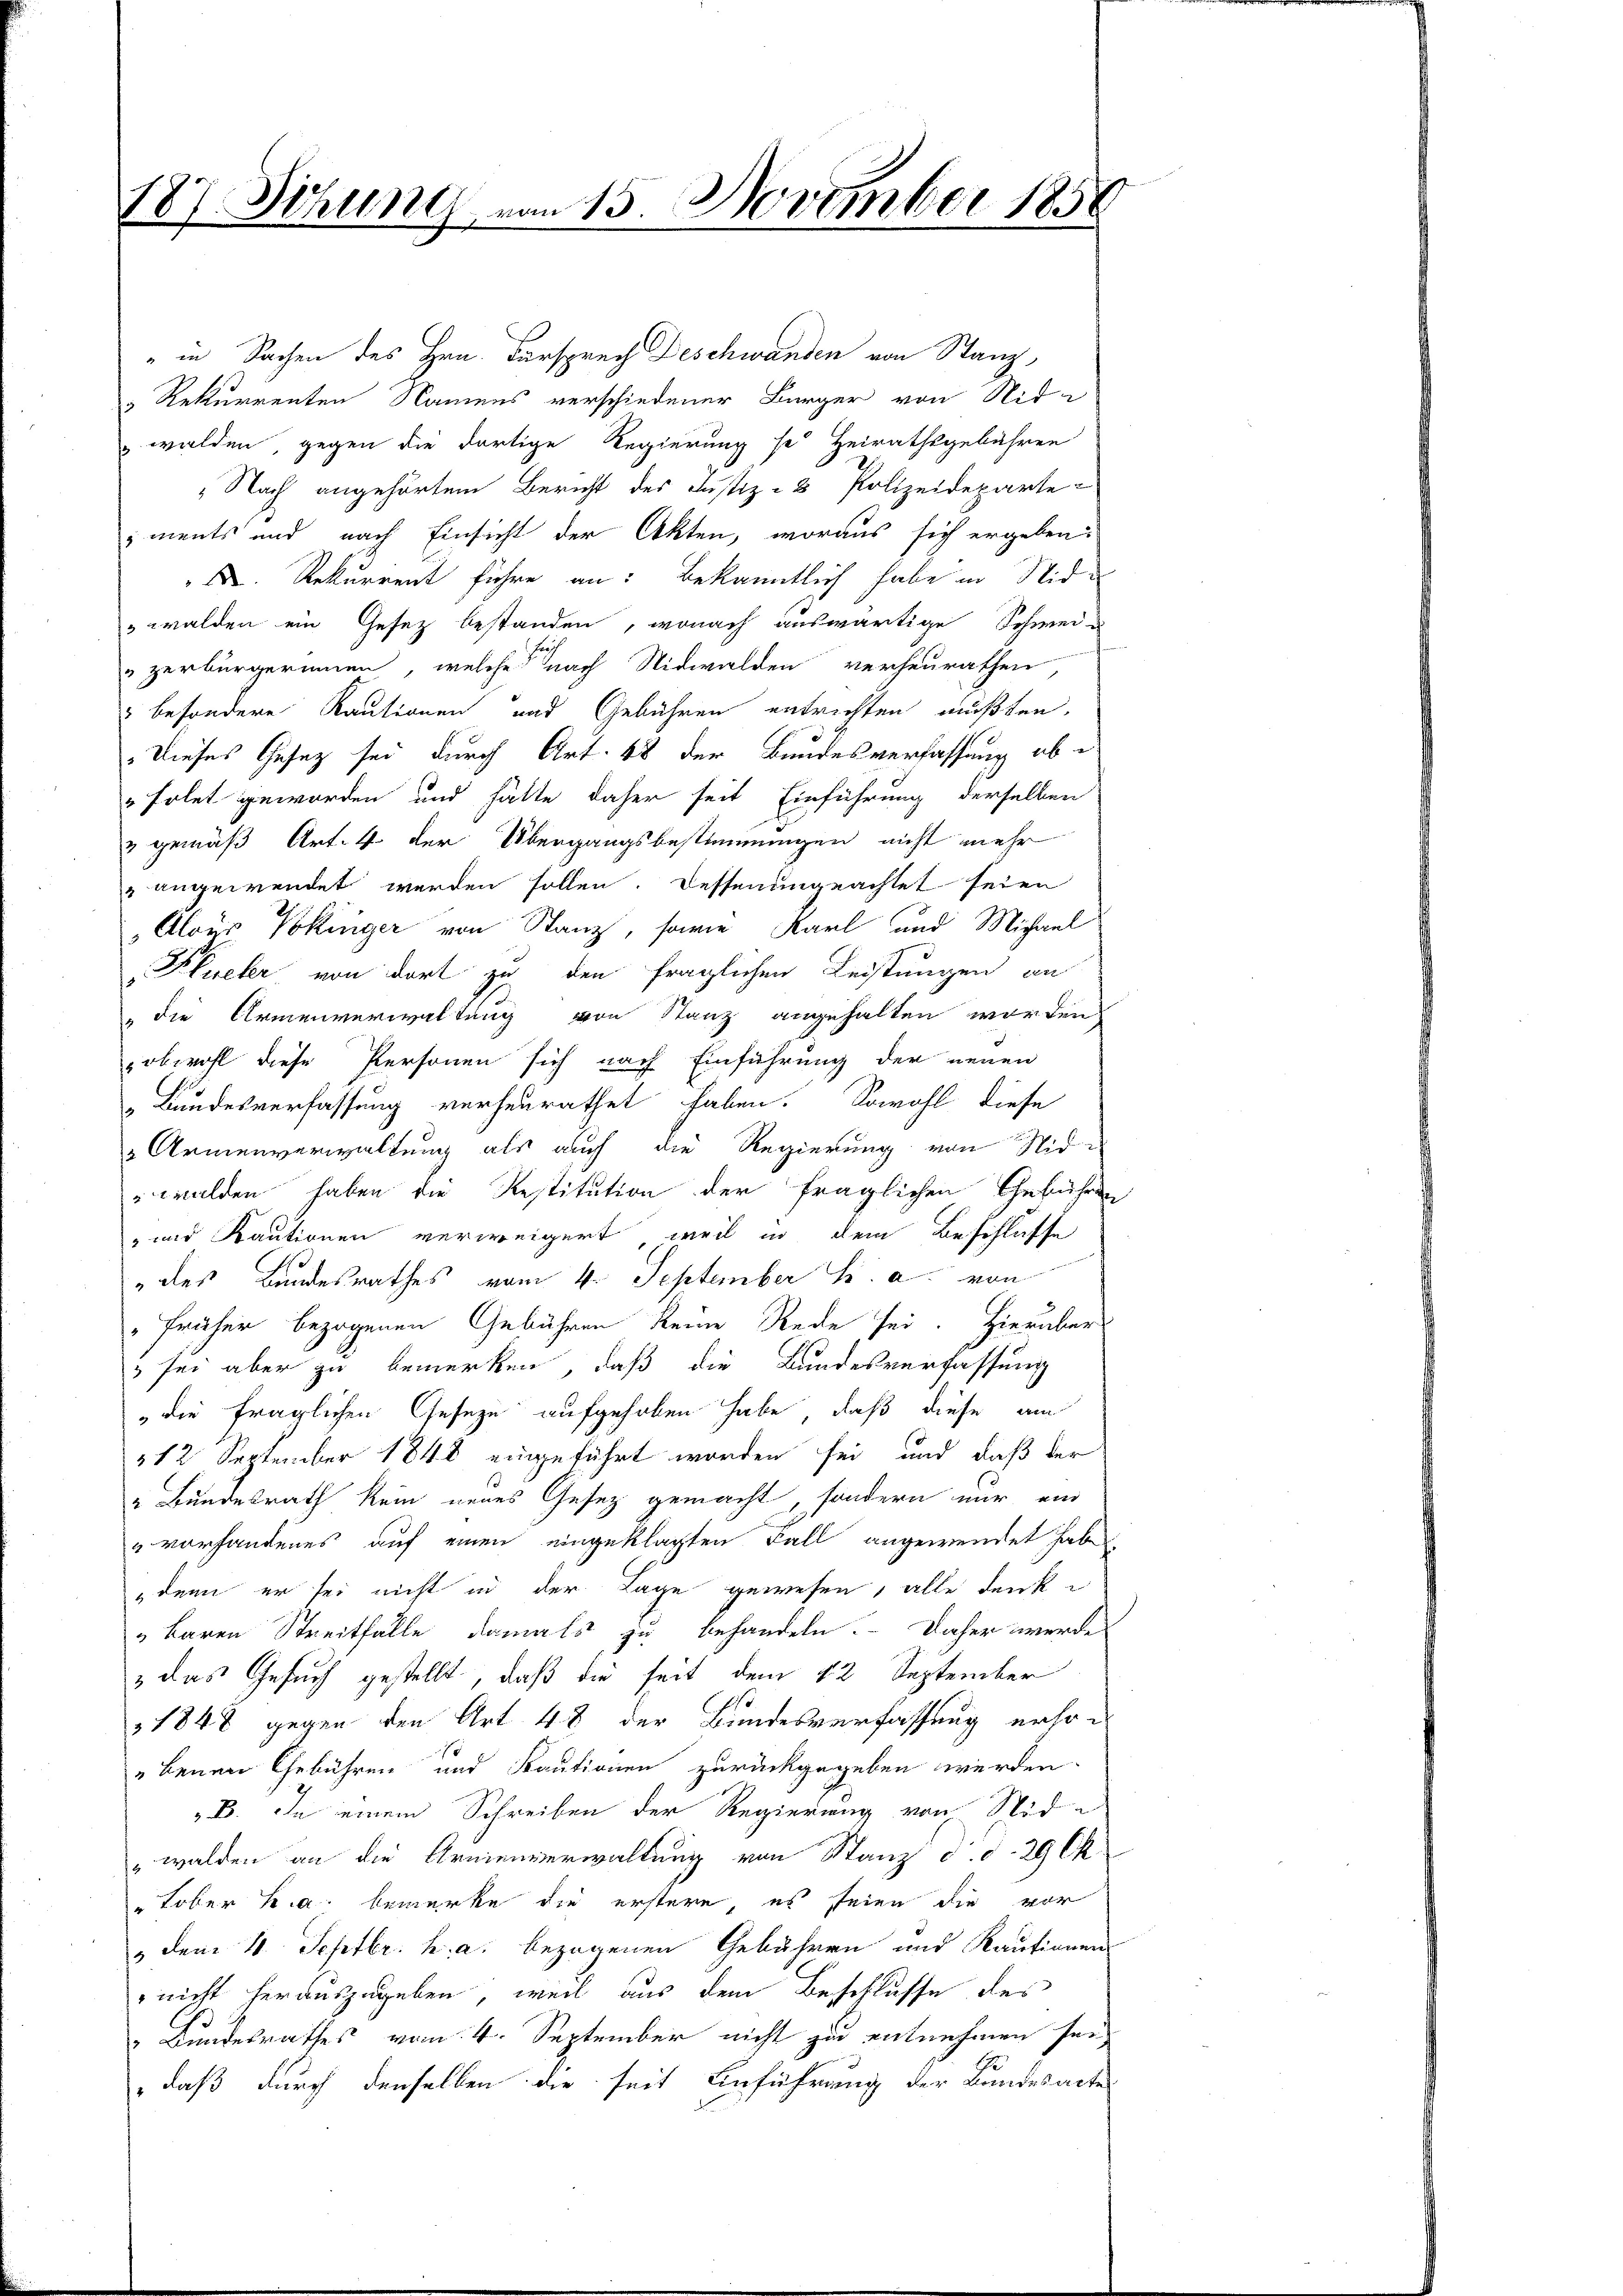
187. Sitzung vom 15. November 1858

" in Sachen des Hrn. Fürsprech Deschwanden von Stanz,
v Rekurrenten Namens verschiedener Bürger von Nid-
 walden, gegen die dortige Regierung so Heirathsgebühren
Nach angehörtem Bericht des Justiz- & Polizeideparte-
iments und nach Einsicht der Akten, woraus sich ergeben:
X. Rekurrent führe an: bekanntlich habe in Nid¬
 walden ein Gesez bestanden, wonach auswärtige Schweid
 zerbürgerinnen, welche nach Nidwalden verheurathen
3 besondere Kautionen und Gebühren entrichten mußten.
Dieses Gesez sei durch Art. 48 der Bundesverfassung abe
" solet geworden und hätte daher seit Einführung derselben
& gemäß Art. 4 der Übergangsbestimmungen nicht mehr
" angewendet werden sollen. Dessenungeachtet seien
Alous Vokinger von Stanz, sowie Karl und Michael
Plueter von dort zu den fraglichen Leistungen an
 die Armenverwaltung von Stanz angehalten worden,
obwohl diese Personen sich nach Einführung der neuen
Bundesverfassung verheurathet haben. Sowohl diese
 Armenverwaltung als auch die Regierung von Nid-
" walden haben die Restitution der fraglichen Gebühren
- und Kautionen verweigert weil in dem Beschlusse
„des Bundesrathes vom 4. September h. a. von
"früher bezogenen Gebühren keine Rede sei. Hierüber
" sei aber zu bemerken, daß die Bundesverfassung
„die fraglichen Geseze aufgehoben habe, daß diese am
112 September 1848 eingeführt worden sei und daß der
„ Bundesrath kein neues Gesetz gemacht, sondern nur ein
" vorhandenes auf einen eingeklagten Fall angewendet habe
„den er sei nicht in der Lage gewesen, alle denke
Baren Streitfalle damals zu behandeln. Daher werde
„ das Gesuch gestellt, daß die seit dem 42 September
1848 gegen den Art 48 der Bundesverfassung erho¬
„benen Gebühren und Kautionen zurückgegeben werden.
„B. In einem Schreiben der Regierung von Nid-
"walden an die Armenverwaltung von Stanz d. d. 29 Ok
"Tober h. a. bemerke die erstere, es seien die vor
, dem 4. Septbr. h. a. bezogenen Gebühren und Kautionen
nicht herauszugeben, weil aus dem Beschlusse des
 Bundesrathes vom 4. September nicht zu entnehmen sei,
daß durch denselben die seit Einführung der Bundesacte